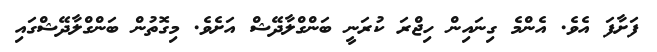
ފަށާފަ އެވެ. އެންމެ ގިނައިން ހިޖްރަ ކުރަނީ ބަންގްލާދޭޝް އަށެވެ. މިގޮތުން ބަންގްލާދޭޝްގައި